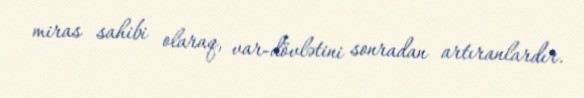
miras sahibi olaraq, var-dövlətini sonradan artıranlardır.